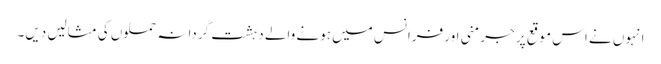
انہوں نے اس موقع پر جرمنی اور فرانس میں ہونے والے دہشت گردانہ حملوں کی مثالیں دیں۔